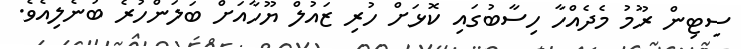
ސިޓިން ރޫމު މެދެއްހާ ހިސާބުގައި ކޮޅަށް ހުރި ޒައުލް ޔޫހާއަށް ބަލަންހުރެ ބުނެލިއެވެ.